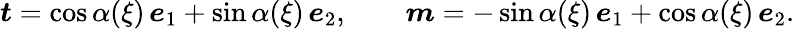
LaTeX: \boldsymbol{t}=\cos\alpha(\xi)\, \boldsymbol{e}_{1}+\sin\alpha(\xi)\, \boldsymbol{e}_{2},\qquad\boldsymbol{m}=-\sin\alpha(\xi)\, \boldsymbol{e}_{1}+\cos\alpha(\xi)\, \boldsymbol{e}_{2}.